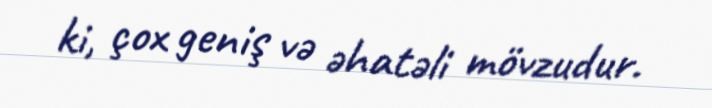
ki, çox geniş və əhatəli mövzudur.